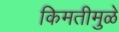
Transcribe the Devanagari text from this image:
किमतीमुळे